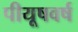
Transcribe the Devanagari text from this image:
पीयूषवर्ष